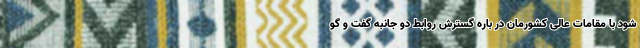
شود با مقامات‌ عالی کشورمان در باره گسترش روابط دو جانبه گفت و گو